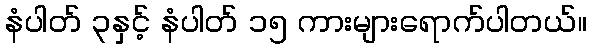
နံပါတ် ၃နှင့် နံပါတ် ၁၅ ကားများရောက်ပါတယ်။